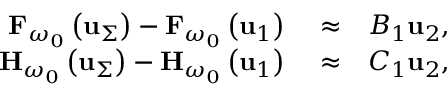
\begin{array} { r l r } { { \bf F } _ { \omega _ { 0 } } \left( { \bf u } _ { \Sigma } \right) - { \bf F } _ { \omega _ { 0 } } \left( { \bf u } _ { 1 } \right) } & { { } \approx } & { { \cal B } _ { 1 } \mathbf { u } _ { 2 } , } \\ { { \bf H } _ { \omega _ { 0 } } \left( { \bf u } _ { \Sigma } \right) - { \bf H } _ { \omega _ { 0 } } \left( { \bf u } _ { 1 } \right) } & { { } \approx } & { { \cal C } _ { 1 } \mathbf { u } _ { 2 } , } \end{array}